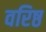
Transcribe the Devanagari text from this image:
वरिष्ठ